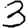
Digit: 3